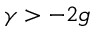
\gamma > - 2 g